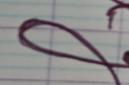
Signature authenticity: forged